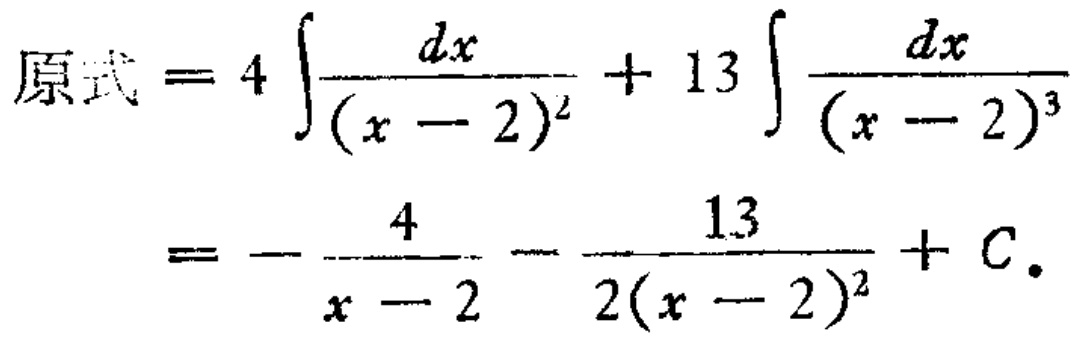
\[

\begin{align*}

原式&=4\int\frac{dx}{(x - 2)^2}+ 13\int\frac{dx}{(x - 2)^3}\\

&=-\frac{4}{x - 2}-\frac{13}{2(x - 2)^2}+C.

\end{align*}

\]